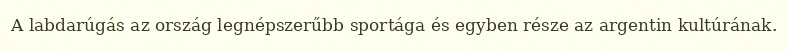
A labdarúgás az ország legnépszerűbb sportága és egyben része az argentin kultúrának.